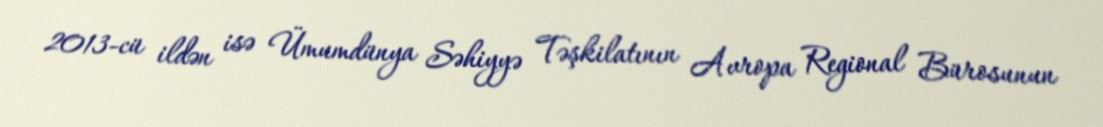
2013-cü ildən isə Ümumdünya Səhiyyə Təşkilatının Avropa Regional Bürosunun